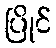
ပြိုင်